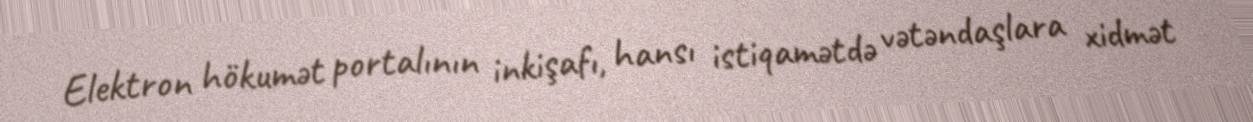
Elektron hökumət portalının inkişafı, hansı istiqamətdə vətəndaşlara xidmət